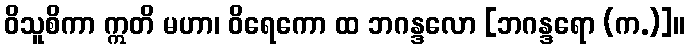
ဝိသူစိကာ ဣတိ မဟာ၊ ဝိရေကော ထ ဘဂန္ဒလော [ဘဂန္ဒရော (က.)]။